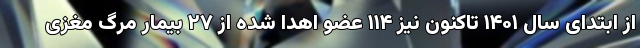
از ابتدای سال ۱۴۰۱ تاکنون نیز ۱۱۴ عضو اهدا شده از ۲۷ بیمار مرگ مغزی